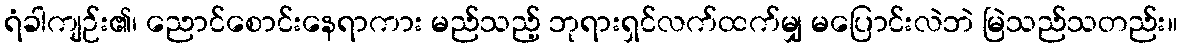
ရံခါကျဉ်း၏၊ ညောင်စောင်းနေရာကား မည်သည့် ဘုရားရှင်လက်ထက်မျှ မပြောင်းလဲဘဲ မြဲသည်သတည်း။